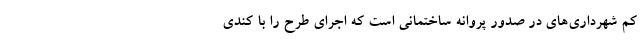
کم شهرداری‌های در صدور پروانه ساختمانی است که اجرای طرح را با کندی